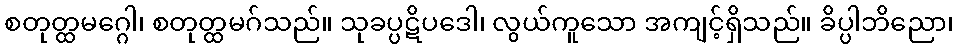
စတုတ္ထမဂ္ဂေါ၊ စတုတ္ထမဂ်သည်။ သုခပ္ပဋိပဒေါ၊ လွယ်ကူသော အကျင့်ရှိသည်။ ခိပ္ပါဘိညော၊